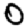
Digit: 0